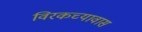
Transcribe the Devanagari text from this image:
विरकच्यावास